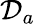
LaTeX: {\mathcal{D}}_{a}